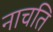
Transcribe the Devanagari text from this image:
नाचति